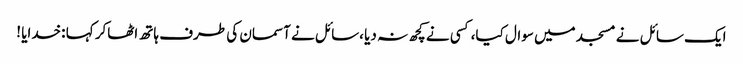
ایک سائل نے مسجد میں سوال کیا،کسی نے کچھ نہ دیا ،سائل نے آسمان کی طرف ہاتھ اٹھاکر کہا :خدایا !